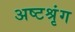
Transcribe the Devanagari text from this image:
अष्टश्रृंग